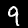
Digit: 9